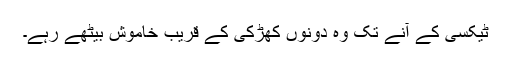
ٹیکسی کے آنے تک وہ دونوں کھڑکی کے قریب خاموش بیٹھے رہے۔